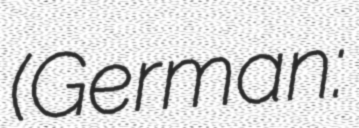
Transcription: (German: